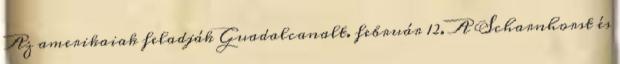
Az amerikaiak feladják Guadalcanalt. február 12. A Scharnhorst és